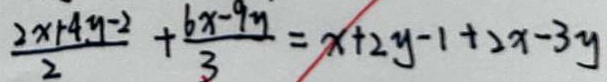
\frac { 2 x + 4 y - 2 } { 2 } + \frac { 6 x - 9 y } { 3 } = x + 2 y - 1 + 2 x - 3 y